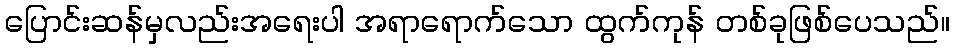
ပြောင်းဆန်မှလည်းအရေးပါ အရာရောက်သော ထွက်ကုန် တစ်ခုဖြစ်ပေသည်။